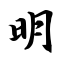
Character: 明